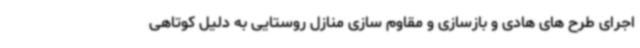
اجرای طرح های هادی و بازسازی و مقاوم سازی منازل روستایی به دلیل کوتاهی